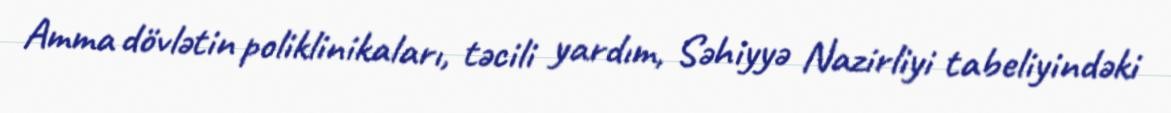
Amma dövlətin poliklinikaları, təcili yardım, Səhiyyə Nazirliyi tabeliyindəki